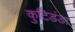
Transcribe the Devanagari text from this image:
कुटिडंडा